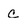
Character: c